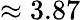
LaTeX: \approx 3.87